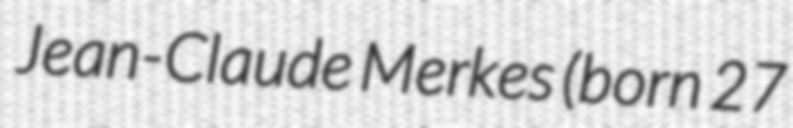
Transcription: Jean-Claude Merkes (born 27